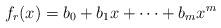
LaTeX: \begin{align*}f_r(x)=b_0+b_1 x+\cdots+b_m x^m\end{align*}